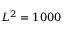
L ^ { 2 } = 1 0 0 0